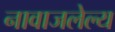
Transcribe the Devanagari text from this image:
नावाजलेल्य